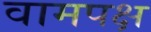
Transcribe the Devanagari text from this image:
वामपक्ष